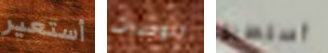
أستعير الوجبات أستطيع